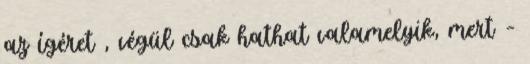
az ígéret , végül csak hathat valamelyik, mert –